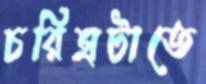
চরিত্রটাতে